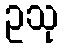
ဥသု